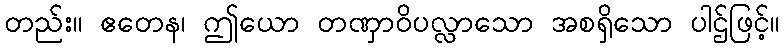
တည်း။ ဧတေန၊ ဤယော တဏှာဝိပလ္လာသော အစရှိသော ပါဌ်ဖြင့်။